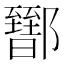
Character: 𨟕